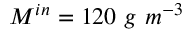
M ^ { i n } = 1 2 0 \ g \ m ^ { - 3 }